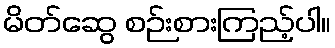
မိတ်ဆွေ စဉ်းစားကြည့်ပါ။